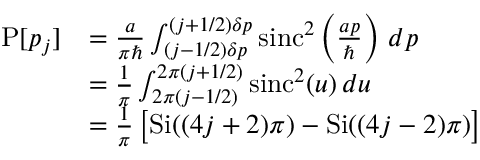
{ \begin{array} { r l } { \operatorname { P } [ p _ { j } ] } & { = { \frac { a } { \pi \hbar } } \int _ { ( j - 1 / 2 ) \delta p } ^ { ( j + 1 / 2 ) \delta p } \operatorname { s i n c } ^ { 2 } \left( { \frac { a p } { \hbar } } \right) \, d p } \\ & { = { \frac { 1 } { \pi } } \int _ { 2 \pi ( j - 1 / 2 ) } ^ { 2 \pi ( j + 1 / 2 ) } \operatorname { s i n c } ^ { 2 } ( u ) \, d u } \\ & { = { \frac { 1 } { \pi } } \left[ \operatorname { S i } ( ( 4 j + 2 ) \pi ) - \operatorname { S i } ( ( 4 j - 2 ) \pi ) \right] } \end{array} }